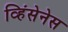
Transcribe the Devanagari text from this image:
व्हिंसेनेस